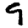
Digit: 9